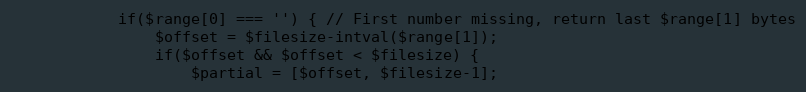
Language: PHP
            if($range[0] === '') { // First number missing, return last $range[1] bytes
                $offset = $filesize-intval($range[1]);
                if($offset && $offset < $filesize) {
                    $partial = [$offset, $filesize-1];